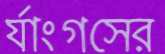
র‍্যাংগসের